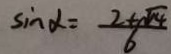
\sin \alpha = \frac { 2 + \sqrt { 4 } } { 6 }